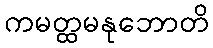
ကမတ္ထမနုဘောတိ